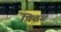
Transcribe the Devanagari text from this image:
प्रिटंग